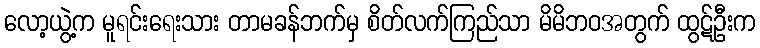
လော့ယွဲ့က မူရင်းရေးသား တာမခန်ဘက်မှ စိတ်လက်ကြည်သာ မိမိဘဝအတွက် ထွဋ်ဦးက